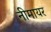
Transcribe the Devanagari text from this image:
नीमायर